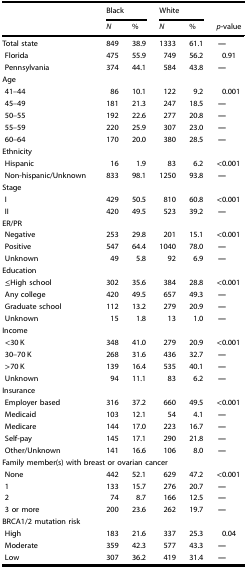
<table><thead><tr><td></td><td colspan="2"><b>Black</b></td><td colspan="2"><b>White</b></td><td></td></tr><tr><td></td><td><b><i>N</i></b></td><td><b>%</b></td><td><b><i>N</i></b></td><td><b>%</b></td><td><b><i>p</i>-value</b></td></tr></thead><tbody><tr><td>Total state</td><td>849</td><td>38.9</td><td>1333</td><td>61.1</td><td><b>—</b></td></tr><tr><td> Florida</td><td>475</td><td>55.9</td><td>749</td><td>56.2</td><td>0.91</td></tr><tr><td> Pennsylvania</td><td>374</td><td>44.1</td><td>584</td><td>43.8</td><td><b>—</b></td></tr><tr><td colspan="6">Age</td></tr><tr><td> 41–44</td><td>86</td><td>10.1</td><td>122</td><td>9.2</td><td>0.001</td></tr><tr><td> 45–49</td><td>181</td><td>21.3</td><td>247</td><td>18.5</td><td><b>—</b></td></tr><tr><td> 50–55</td><td>192</td><td>22.6</td><td>277</td><td>20.8</td><td><b>—</b></td></tr><tr><td> 55–59</td><td>220</td><td>25.9</td><td>307</td><td>23.0</td><td><b>—</b></td></tr><tr><td> 60–64</td><td>170</td><td>20.0</td><td>380</td><td>28.5</td><td><b>—</b></td></tr><tr><td colspan="6">Ethnicity</td></tr><tr><td> Hispanic</td><td>16</td><td>1.9</td><td>83</td><td>6.2</td><td>&lt;0.001</td></tr><tr><td> Non-hispanic/Unknown</td><td>833</td><td>98.1</td><td>1250</td><td>93.8</td><td><b>—</b></td></tr><tr><td colspan="6">Stage</td></tr><tr><td> I</td><td>429</td><td>50.5</td><td>810</td><td>60.8</td><td>&lt;0.001</td></tr><tr><td> II</td><td>420</td><td>49.5</td><td>523</td><td>39.2</td><td><b>—</b></td></tr><tr><td colspan="6">ER/PR</td></tr><tr><td> Negative</td><td>253</td><td>29.8</td><td>201</td><td>15.1</td><td>&lt;0.001</td></tr><tr><td> Positive</td><td>547</td><td>64.4</td><td>1040</td><td>78.0</td><td><b>—</b></td></tr><tr><td> Unknown</td><td>49</td><td>5.8</td><td>92</td><td>6.9</td><td><b>—</b></td></tr><tr><td colspan="6">Education</td></tr><tr><td> ≤High school</td><td>302</td><td>35.6</td><td>384</td><td>28.8</td><td>&lt;0.001</td></tr><tr><td> Any college</td><td>420</td><td>49.5</td><td>657</td><td>49.3</td><td><b>—</b></td></tr><tr><td> Graduate school</td><td>112</td><td>13.2</td><td>279</td><td>20.9</td><td><b>—</b></td></tr><tr><td> Unknown</td><td>15</td><td>1.8</td><td>13</td><td>1.0</td><td><b>—</b></td></tr><tr><td colspan="6">Income</td></tr><tr><td> &lt;30 K</td><td>348</td><td>41.0</td><td>279</td><td>20.9</td><td>&lt;0.001</td></tr><tr><td> 30–70 K</td><td>268</td><td>31.6</td><td>436</td><td>32.7</td><td><b>—</b></td></tr><tr><td> &gt;70 K</td><td>139</td><td>16.4</td><td>535</td><td>40.1</td><td><b>—</b></td></tr><tr><td> Unknown</td><td>94</td><td>11.1</td><td>83</td><td>6.2</td><td><b>—</b></td></tr><tr><td colspan="6">Insurance</td></tr><tr><td> Employer based</td><td>316</td><td>37.2</td><td>660</td><td>49.5</td><td>&lt;0.001</td></tr><tr><td> Medicaid</td><td>103</td><td>12.1</td><td>54</td><td>4.1</td><td><b>—</b></td></tr><tr><td> Medicare</td><td>144</td><td>17.0</td><td>223</td><td>16.7</td><td><b>—</b></td></tr><tr><td> Self-pay</td><td>145</td><td>17.1</td><td>290</td><td>21.8</td><td><b>—</b></td></tr><tr><td> Other/Unknown</td><td>141</td><td>16.6</td><td>106</td><td>8.0</td><td><b>—</b></td></tr><tr><td colspan="6">Family member(s) with breast or ovarian cancer</td></tr><tr><td> None</td><td>442</td><td>52.1</td><td>629</td><td>47.2</td><td>&lt;0.001</td></tr><tr><td> 1</td><td>133</td><td>15.7</td><td>276</td><td>20.7</td><td><b>—</b></td></tr><tr><td> 2</td><td>74</td><td>8.7</td><td>166</td><td>12.5</td><td><b>—</b></td></tr><tr><td> 3 or more</td><td>200</td><td>23.6</td><td>262</td><td>19.7</td><td><b>—</b></td></tr><tr><td colspan="6">BRCA1/2 mutation risk</td></tr><tr><td> High</td><td>183</td><td>21.6</td><td>337</td><td>25.3</td><td>0.04</td></tr><tr><td> Moderate</td><td>359</td><td>42.3</td><td>577</td><td>43.3</td><td><b>—</b></td></tr><tr><td> Low</td><td>307</td><td>36.2</td><td>419</td><td>31.4</td><td><b>—</b></td></tr></tbody></table>